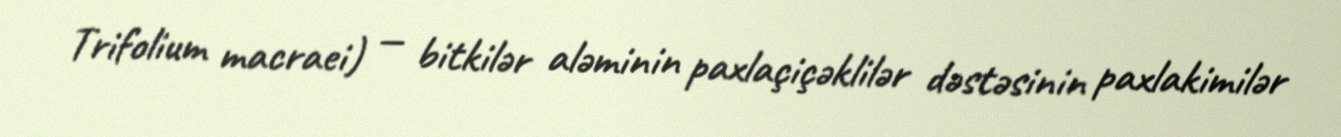
Trifolium macraei) — bitkilər aləminin paxlaçiçəklilər dəstəsinin paxlakimilər